Indian journal of veterinary science and animal husbandry - Volume 13,
Year: 1943
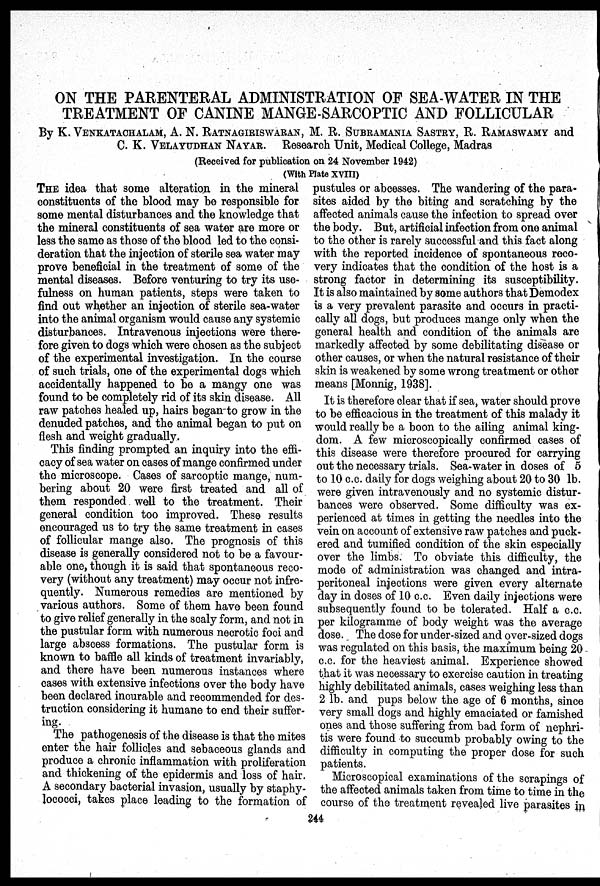
ON THE PARENTERAL ADMINISTRATION OF SEA-WATER IN THE
TREATMENT OF CANINE MANGE-SARCOPTIC AND FOLLICULAR
By K. VENKATACHALAM, A. N. RATNAGIRISWARAN, M. R. SUBRAMANIA SASTRY, R. RAMASWAMY and
C. K. VELAYUDHAN NAYAR. Research Unit, Medical College, Madras
(Received for publication on 24 November 1942)
(With Plate XVIII)
THE idea that some alteration in the mineral
constituents of the blood may be responsible for
some mental disturbances and the knowledge that
the mineral constituents of sea water are more or
less the same as those of the blood led to the consi-
deration that the injection of sterile sea water may
prove beneficial in the treatment of some of the
mental diseases. Before venturing to try its use-
fulness on human patients, steps were taken to
find out whether an injection of sterile sea-water
into the animal organism would cause any systemic
disturbances. Intravenous injections were there-
fore given to dogs which were chosen as the subject
of the experimental investigation. In the course
of such trials, one of the experimental dogs which
accidentally happened to be a mangy one was
found to be completely rid of its skin disease. All
raw patches healed up, hairs began-to grow in the
denuded patches, and the animal began to put on
flesh and weight gradually.
This finding prompted an inquiry into the effi-
cacy of sea water on cases of mange confirmed under
the microscope. Cases of sarcoptic mange, num-
bering about 20 were first treated and all of
them responded well to the treatment. Their
general condition too improved. These results
encouraged us to try the same treatment in cases
of follicular mange also. The prognosis of this
disease is generally considered not to be a favour-
able one, though it is said that spontaneous reco-
very (without any treatment) may occur not infre-
quently. Numerous remedies are mentioned by
various authors. Some of them have been found
to give relief generally in the scaly form, and not in
the pustular form with numerous necrotic foci and
large abscess formations. The pustular form is
known to baffle all kinds of treatment invariably,
and there have been numerous instances where
cases with extensive infections over the body have
been declared incurable and recommended for des-
truction considering it humane to end their suffer-
ing.
The pathogenesis of the disease is that the mites
enter the hair follicles and sebaceous glands and
produce a chronic inflammation with proliferation
and thickening of the epidermis and loss of hair.
A secondary bacterial invasion, usually by staphy-
lococci, takes place leading to the formation of
pustules or abcesses. The wandering of the para-
sites aided by the biting and scratching by the
affected animals cause the infection to spread over
the body. But, artificial infection from one animal
to the other is rarely successful and this fact along
with the reported incidence of spontaneous reco-
very indicates that the condition of the host is a
strong factor in determining its susceptibility.
It is also maintained by some authors that Demodex
is a very prevalent parasite and occurs in practi-
cally all dogs, but produces mange only when the
general health and condition of the animals are
markedly affected by some debilitating disease or
other causes, or when the natural resistance of their
skin is weakened by some wrong treatment or other
means [Monnig, 1938].
It is therefore clear that if sea, water should prove
to be efficacious in the treatment of this malady it
would really be a boon to the ailing animal king-
dom. A few microscopically confirmed cases of
this disease were therefore procured for carrying
out the necessary trials. Sea-water in doses of 5
to 10 c.c. daily for dogs weighing about 20 to 30 lb.
were given intravenously and no systemic distur-
bances were observed. Some difficulty was ex-
perienced at times in getting the needles into the
vein on account of extensive raw patches and puck-
ered and tumified condition of the skin especially
over the limbs. To obviate this difficulty, the
mode of administration was changed and intra-
peritoneal injections were given every alternate
day in doses of 10 c.c. Even daily injections were
subsequently found to be tolerated. Half a c.c.
per kilogramme of body weight was the average
dose. The dose for under-sized and over-sized dogs
was regulated on this basis, the maximum being 20
c.c. for the heaviest animal. Experience showed
that it was necessary to exercise caution in treating
highly debilitated animals, cases weighing less than
2 lb. and pups below the age of 6 months, since
very small dogs and highly emaciated or famished
ones and those suffering from bad form of nephri-
tis were found to succumb probably owing to the
difficulty in computing the proper dose for such
patients.
Microscopical examinations of the scrapings of
the affected animals taken from time to time in the
course of the treatment revealed live parasites in
244